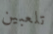
تلعبين